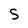
Character: S